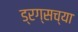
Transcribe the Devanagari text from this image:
ड्रग्सच्या